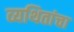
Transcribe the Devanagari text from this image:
व्यथितांचा